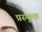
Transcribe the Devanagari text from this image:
प्रस्फुक